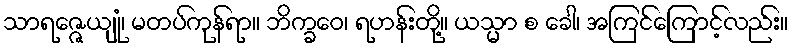
သာရဇ္ဇေယျုံ၊ မတပ်ကုန်ရာ။ ဘိက္ခဝေ၊ ရဟန်းတို့။ ယသ္မာ စ ခေါ၊ အကြင်ကြောင့်လည်း။